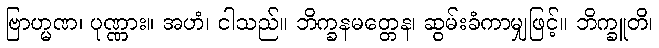
ဗြာဟ္မဏ၊ ပုဏ္ဏား။ အဟံ၊ ငါသည်။ ဘိက္ခနမတ္တေန၊ ဆွမ်းခံကာမျှဖြင့်။ ဘိက္ခူတိ၊